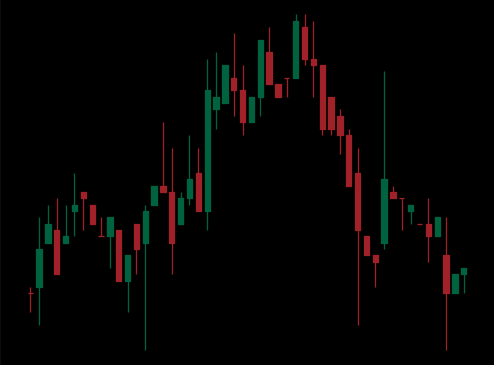
Pattern: head_shoulders